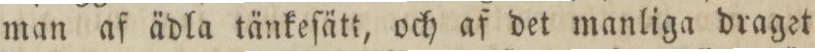
man af ädla tänkeſätt, och af det manliga draget